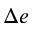
\Delta e